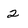
Character: 2